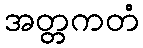
အတ္တကတံ